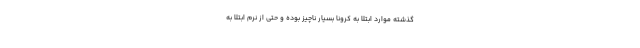
گذشته موارد ابتلا به کرونا بسیار ناچیز بوده و حتی از نرم ابتلا به